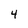
Character: 4